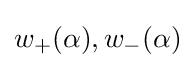
w_{+}(\alpha ),w_{-}(\alpha )